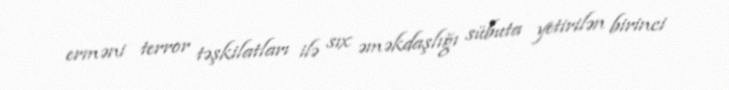
erməni terror təşkilatları ilə sıx əməkdaşlığı sübuta yetirilən birinci